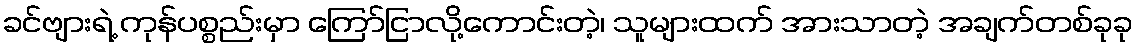
ခင်ဗျားရဲ့ ကုန်ပစ္စည်းမှာ ကြော်ငြာလို့ကောင်းတဲ့၊ သူများထက် အားသာတဲ့ အချက်တစ်ခုခု